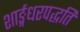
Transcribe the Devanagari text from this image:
शार्ङ्गधरपद्धति